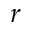
r